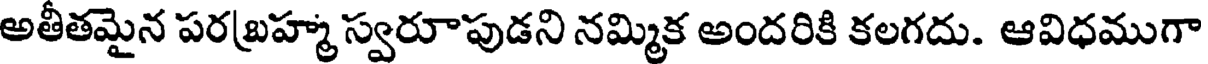
అతీతమైన పరబ్రహ్మ స్వరూపుడని నమ్మిక అందరికి కలగదు. ఆవిధముగా